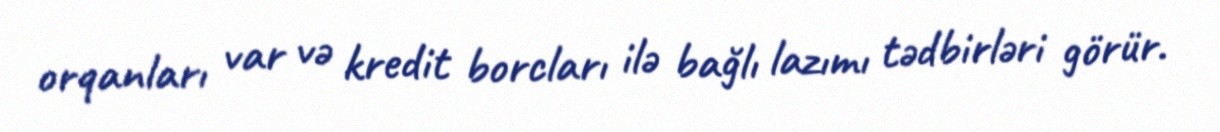
orqanları var və kredit borcları ilə bağlı lazımı tədbirləri görür.